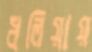
ধলিয়ায়